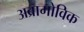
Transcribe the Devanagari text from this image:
अब्रामोविक